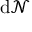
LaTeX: \mathrm { d } { \mathcal { N } }